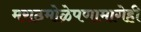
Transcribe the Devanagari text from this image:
मराठमोळेपणामागेही